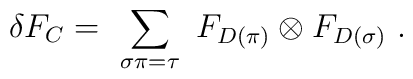
\delta F_C =\ \sum_{\sigma\pi=\tau} \ F_{D(\pi)}\otimes F_{D(\sigma)} \ .